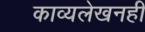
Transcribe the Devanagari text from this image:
काव्यलेखनही